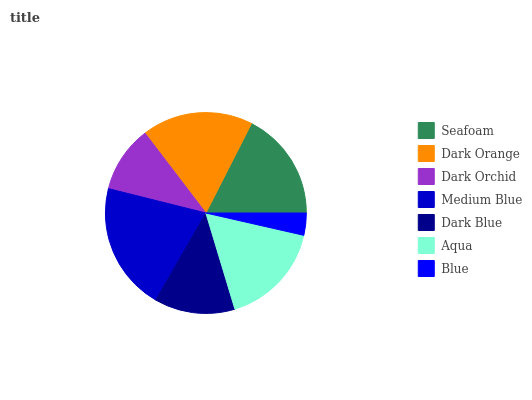
| Seafoam | Dark Orange | Dark Orchid | Medium Blue | Dark Blue | Aqua | Blue |
 | --- | --- | --- | --- | --- | --- | --- |
 | 17.5% | 17.9% | 10.8% | 20.6% | 13% | 16.7% | 3.57% |